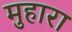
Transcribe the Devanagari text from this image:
मुहारा